Report on vaccination in Madras 1895-1903 - 1895-1903
Year: 1895
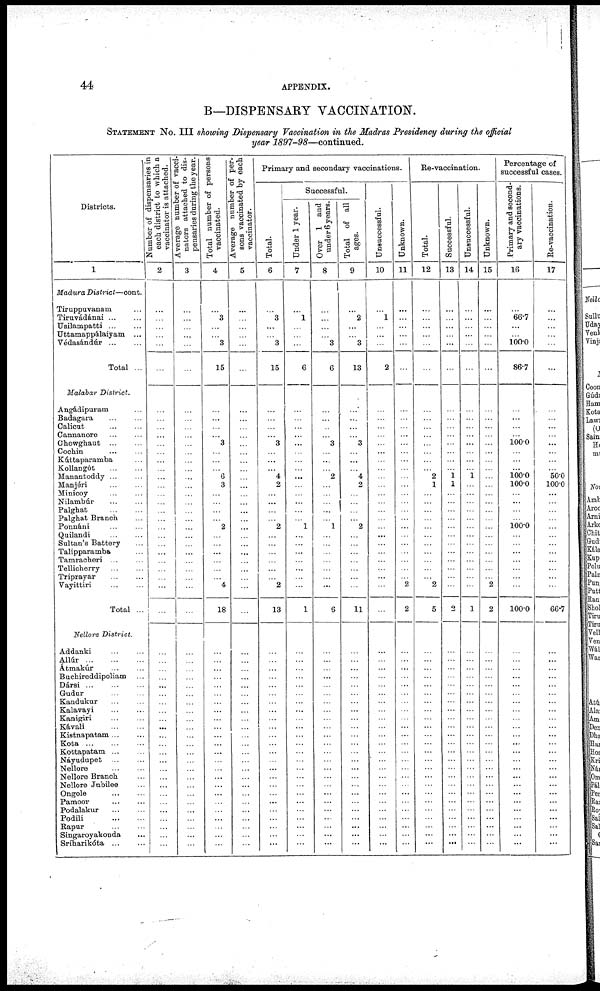
44
APPENDIX.
B—DISPENSARY VACCINATION.
STATEMENT No. III showing Dispensary Vaccination in the Madras Presidency during the official
year 1897-98—continued.
Districts.
1
Madura District—cont.
Tiruppuvanam ...
Tiruvádánai ... ...
Usilampatti
...
...
Uttamappálaiyam ...
Védasándúr
...
...
Total ...
Malabar District.
Angádipuram ...
Badagara
...
...
Calicut
...
...
Cannanore
...
...
Chowghaut ... ...
Cochin
...
...
Kúttaparamba ...
Kollangót
...
...
Manantoddy ... ...
Manjéri ... ...
Minicoy ... ...
Nilambúr
...
...
Palghat
...
...
Palghat Branch ...
Ponnáni ... ...
Quilandi
...
...
Sultan's Battery
Talipparamba ...
Tamracheri ... ...
Tellicherry
...
...
Triprayar
...
...
Vayittiri ... ...
Total ...
Nellore District.
Addanki
...
...
Allúr
...
...
...
Átmakúr
...
...
Buchireddipoliam ...
Dársi
...
...
...
Gudur
...
...
Kandukur
...
...
Kalavayi
...
...
Kanigiri
...
...
Kávali
...
...
Kistnapatam ... ...
Kota
...
...
...
Kottapatam
...
...
Náyudupet
...
...
Nellore
...
...
Nellore Branch ...
Nellore Jubilee ...
Ongole
...
...
Pamoor
...
...
Podalakur ... ...
Podili
...
...
Rapur
...
...
Singaroyakonda ...
Sríharikóta
...
...
Number of dispensaries in
each district to which a
vaccinator is attached.
2
...
...
...
...
...
...
...
...
...
...
...
...
...
...
...
...
...
...
...
...
...
...
...
...
...
...
...
...
...
...
...
...
...
...
...
...
...
...
...
...
...
...
...
...
...
...
...
...
...
...
...
...
...
Average number of vacci-
nators attached to dis-
pensaries during the year.
3
...
...
...
...
...
...
...
...
...
...
...
...
...
...
...
...
...
...
...
...
...
...
...
...
...
...
...
...
...
...
...
...
...
...
...
...
...
...
...
...
...
...
...
...
...
...
...
...
...
...
...
...
...
Total number of persons
vaccinated.
4
...
3
...
...
3
15
...
...
...
...
3
...
...
...
6
3
...
...
...
...
2
...
...
...
...
...
...
4
18
...
...
...
...
...
...
...
...
...
...
...
...
...
...
...
...
...
...
...
...
...
...
...
...
Average number of per-
sons vaccinated by each
vaccinator.
5
...
...
...
...
...
...
...
...
...
...
...
...
...
...
...
...
...
...
...
...
...
...
...
...
...
...
...
...
...
...
...
...
...
...
...
...
...
...
...
...
...
...
...
...
...
...
...
...
...
...
...
...
...
Primary and secondary vaccinations.
Total.
6
...
3
...
...
3
15
...
...
...
...
3
...
...
...
4
2
...
...
...
...
2
...
...
...
...
...
...
2
13
...
...
...
...
...
...
...
...
...
...
...
...
...
...
...
...
...
...
...
...
...
...
...
...
Successful.
Under 1 year.
7
...
1
...
...
...
6
...
...
...
...
...
...
...
...
...
...
...
...
...
...
1
...
...
...
...
...
...
...
1
...
...
...
...
...
...
...
...
...
...
...
...
...
...
...
...
...
...
...
...
...
...
...
...
Over 1 and
under 6 years.
8
...
...
...
...
3
6
...
...
...
...
3
...
...
...
2
...
...
...
...
...
1
...
...
...
...
...
...
...
6
...
...
...
...
...
...
...
...
...
...
...
...
...
...
...
...
...
...
...
...
...
...
...
...
Total of all
ages.
9
...
2
...
...
3
13
...
...
...
...
3
...
...
...
4
2
...
...
...
...
2
...
...
...
...
...
...
...
11
...
...
...
...
...
...
...
...
...
...
...
...
...
...
...
...
...
...
...
...
...
...
...
...
Unsuccessful.
10
...
1
...
...
...
2
...
...
...
...
...
...
...
...
...
...
...
...
...
...
...
...
...
...
...
...
...
...
...
...
...
...
...
...
...
...
...
...
...
...
...
...
...
...
...
...
...
...
...
...
...
...
...
Unknown.
11
...
...
...
...
...
...
...
...
...
...
...
...
...
...
...
...
...
...
...
...
...
...
...
...
...
...
...
2
2
...
...
...
...
...
...
...
...
...
...
...
...
...
...
...
...
...
...
...
...
...
...
...
...
Re-vaccination.
Total.
12
...
...
...
...
...
...
...
...
...
...
...
...
...
...
2
1
...
...
...
...
...
...
...
...
...
...
...
2
5
...
...
...
...
...
...
...
...
...
...
...
...
...
...
...
...
...
...
...
...
...
...
...
...
Successful.
13
...
...
...
...
...
...
...
...
...
...
...
...
...
...
1 1
...
...
...
...
...
...
...
...
...
...
...
...
2
...
...
...
...
...
...
...
...
...
...
...
...
...
...
...
...
...
...
...
...
...
...
...
...
Unsuccessful.
14
...
...
...
...
...
...
...
...
...
...
...
...
...
...
1
...
...
...
...
...
...
...
...
...
...
...
...
...
1
...
...
...
...
...
...
...
...
...
...
...
...
...
...
...
...
...
...
...
...
...
...
...
...
Unknown.
15
...
...
...
...
...
...
...
...
...
...
...
...
...
...
...
...
...
...
...
...
...
...
...
...
...
...
...
2
2
...
...
...
...
...
...
...
...
...
...
...
...
...
...
...
...
...
...
...
...
...
...
...
...
Percentage of
successful cases.
Primary and second-
ary vaccinations.
16
...
66.7
...
...
100.0
86.7
...
...
...
...
100.0
...
...
...
100.0
100.0
...
...
...
...
100.0
...
...
...
...
...
...
...
100.0
...
...
...
...
...
...
...
...
...
...
...
...
...
...
...
...
...
...
...
...
...
...
...
...
Re-vaccination.
17
...
...
...
...
...
...
...
...
...
...
...
...
...
...
50.0
100.0
...
...
...
...
...
...
...
...
...
...
...
...
66.7
...
...
...
...
...
...
...
...
...
...
...
...
...
...
...
...
...
...
...
...
...
...
...